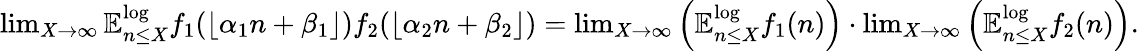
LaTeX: \begin{array}{r}{\operatorname*{lim}_{X\to\infty}\mathbb{E}_{n\leq X}^{\log}f_{1}(\lfloor\alpha_{1}n+\beta_{1}\rfloor)f_{2}(\lfloor\alpha_{2}n+\beta_{2}\rfloor)=\operatorname*{lim}_{X\to\infty}\Big(\mathbb{E}_{n\leq X}^{\log}f_{1}(n)\Big)\cdot\operatorname*{lim}_{X\to\infty}\Big(\mathbb{E}_{n\leq X}^{\log}f_{2}(n)\Big).}\end{array}